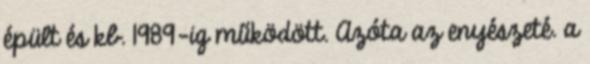
épült és kb. 1989-ig működött. Azóta az enyészeté. a